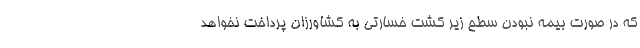
که در صورت بیمه نبودن سطح زیر کشت خسارتی به کشاورزان پرداخت نخواهد